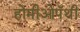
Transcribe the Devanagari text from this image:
होमीओपॅथी